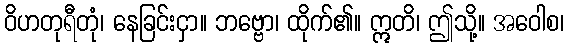
ဝိဟတုရီတုံ၊ နေခြင်းငှာ။ ဘဗ္ဗော၊ ထိုက်၏။ ဣတိ၊ ဤသို့။ အဝေါစ၊